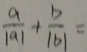
\frac { a } { \vert a \vert } + \frac { b } { \vert b \vert } =